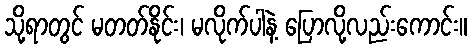
သို့ရာတွင် မတတ်နိုင်း၊ မလိုက်ပါနဲ့ ပြောလို့လည်းကောင်း။